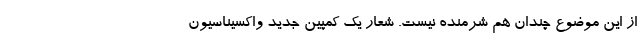
از این موضوع چندان هم شرمنده نیست. شعار یک کمپین جدید واکسیناسیون